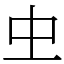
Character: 𠀐